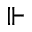
\Vdash